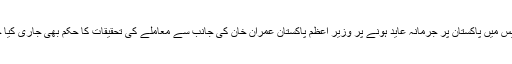
ریکوڈک کیس میں پاکستان پر جرمانہ عاید ہونے پر وزیر اعظم پاکستان عمران خان کی جانب سے معاملے کی تحقیقات کا حکم بھی جاری کیا جا چکا ہے۔